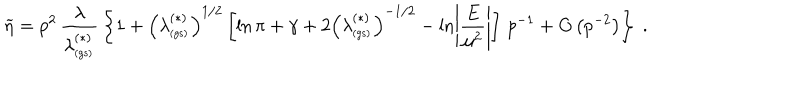
\widetilde { \eta } = p ^ { 2 } \, \frac { \lambda } { \lambda _ { _ \mathrm { ( g s ) } } ^ { ( \ast ) } } \, \left\{ 1 + \left( \lambda _ { _ \mathrm { ( g s ) } } ^ { ( \ast ) } \right) ^ { 1 / 2 } \left[ \ln \pi + \gamma + 2 \left( \lambda _ { _ \mathrm { ( g s ) } } ^ { ( \ast ) } \right) ^ { - 1 / 2 } - \ln \left| \frac { E } { \mu ^ { 2 } } \right| \right] \, p ^ { - 1 } + O \left( p ^ { - 2 } \right) \right\} \; .